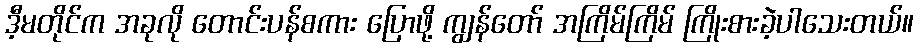
ဒီ့မတိုင်က အခုလို တောင်းပန်စကား ပြောဖို့ ကျွန်တော် အကြိမ်ကြိမ် ကြိုးစားခဲ့ပါသေးတယ်။